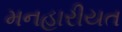
મનહારીયત